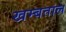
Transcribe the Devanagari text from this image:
खम्बताल